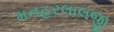
મનહરલાલજી